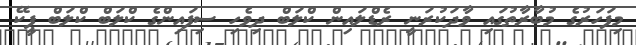
މިފަހަރުގެ މުބާރާތުގައި ވާދަކުރަނީ ރެޑްލައިން ކްލަބް ދިވެހި ސިފައިންގެ ކްލަބް ކްލަބް ޕީކޭ